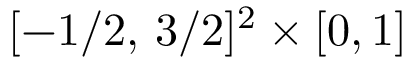
[ - 1 / 2 , \, 3 / 2 ] ^ { 2 } \times [ 0 , 1 ]